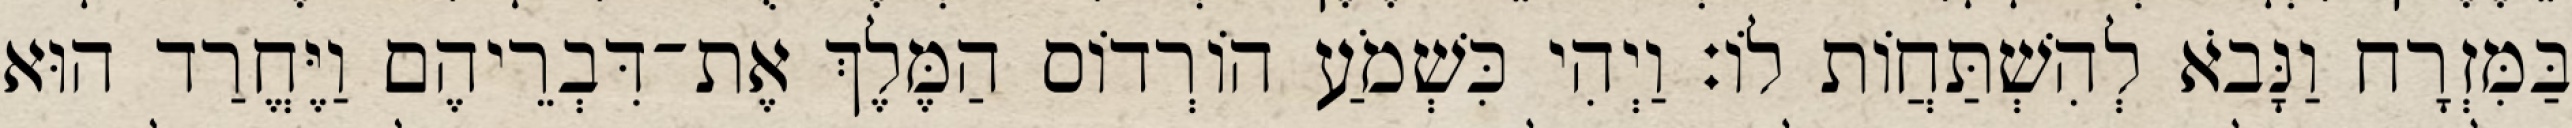
בַּמִּזְרָח וַנָּבֹא לְהִשְׁתַּחֲוֹת לוֹ׃ וַיְהִי כִּשְׁמֹעַ הוֹרְדוֹס הַמֶּלֶךְ אֶת־דִּבְרֵיהֶם וַיֶּחֱרַד הוּא